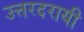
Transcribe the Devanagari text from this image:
उत्तरदरायी